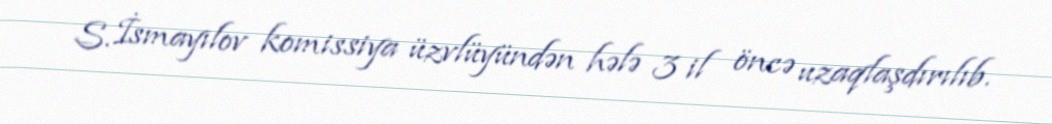
S. İsmayılov komissiya üzvlüyündən hələ 3 il öncə uzaqlaşdırılıb.